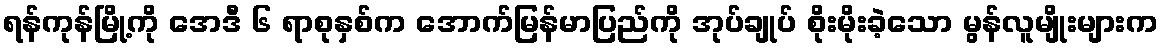
ရန်ကုန်မြို့ကို အေဒီ ၆ ရာစုနှစ်က အောက်မြန်မာပြည်ကို အုပ်ချုပ် စိုးမိုးခဲ့သော မွန်လူမျိုးများက